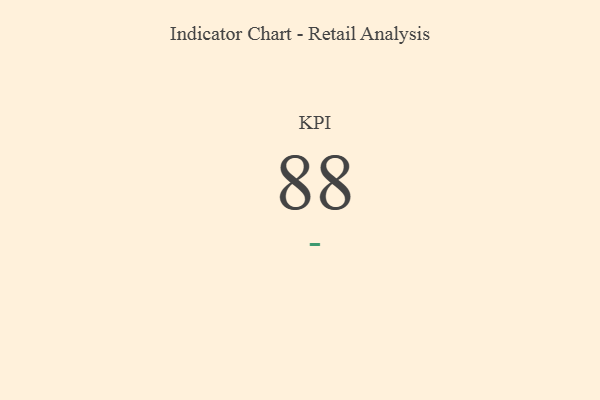
{"axis": {"x": "KPI", "y": "Value"}, "legend": [""], "data": [{"x": "KPI", "y": 88, "type": ""}]}